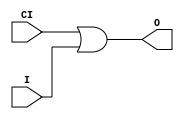
module ORCY (O, CI, I);

    output O;

    input  CI, I;

	or X1 (O, CI, I);


endmodule